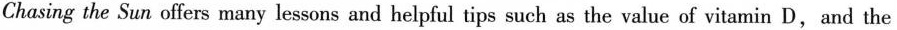
Chasing the Sun offers many lessons and helpful tips such as the value of vitamin D,and the